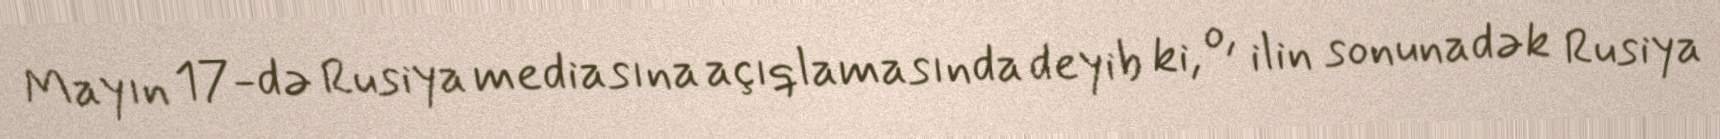
Mayın 17-də Rusiya mediasına açıqlamasında deyib ki, o, ilin sonunadək Rusiya